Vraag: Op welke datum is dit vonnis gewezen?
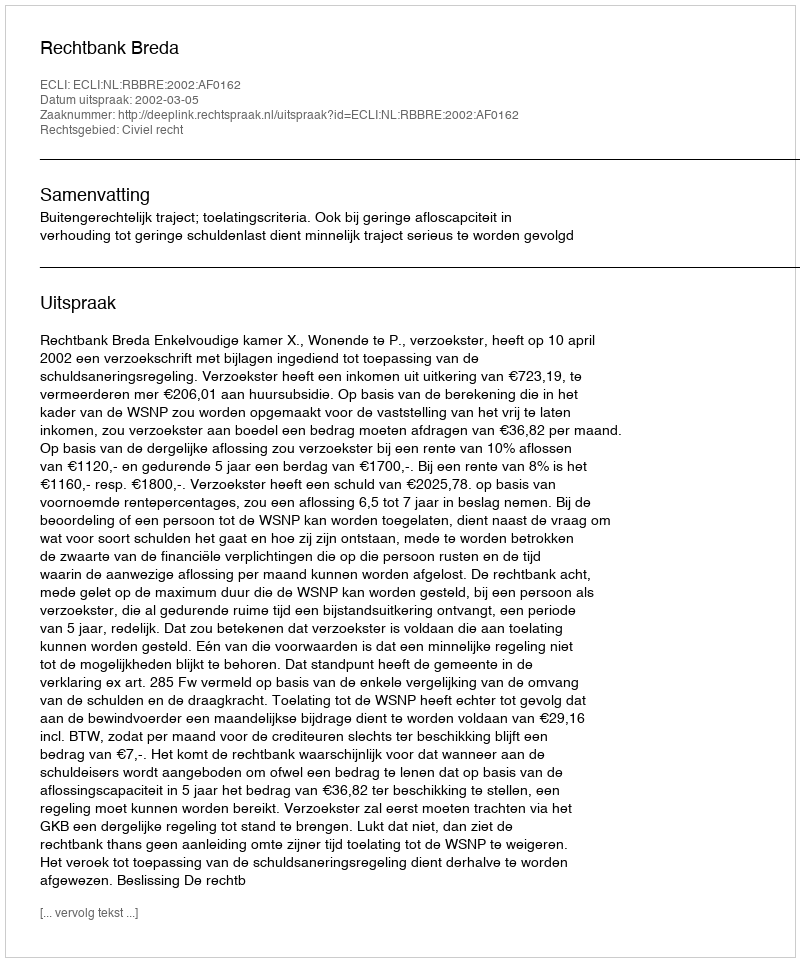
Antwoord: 2002-03-05